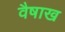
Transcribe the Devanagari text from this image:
वैषाख